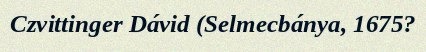
Czvittinger Dávid (Selmecbánya, 1675?